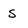
Character: s